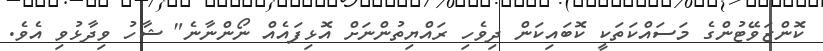
ކޮންޒަވޭޓުންގެ މަސައްކަތަކީ ކޮބައިކަން ދިވެހި ރައްޔިތުންނަށް އޮޅިފައެއް ނޯންނާނެ" ޝާހު ވިދާޅުވި އެވެ.